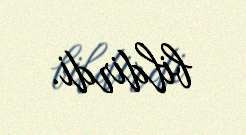
bildirdi.